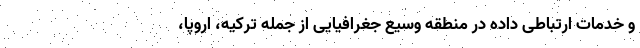
و خدمات ارتباطی داده در منطقه وسیع جغرافیایی از جمله ترکیه، اروپا،